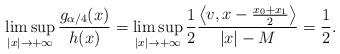
LaTeX: \begin{align*}\limsup_{|x|\to +\infty}\frac{g_{\alpha/4}(x)}{h(x)}=\limsup_{|x|\to +\infty}\frac 1 2\frac{\bigl\langle v, x-\frac{x_0+x_1}{2}\bigr\rangle}{|x|-M}=\frac 1 2.\end{align*}